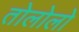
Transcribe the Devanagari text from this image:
तोलोलो